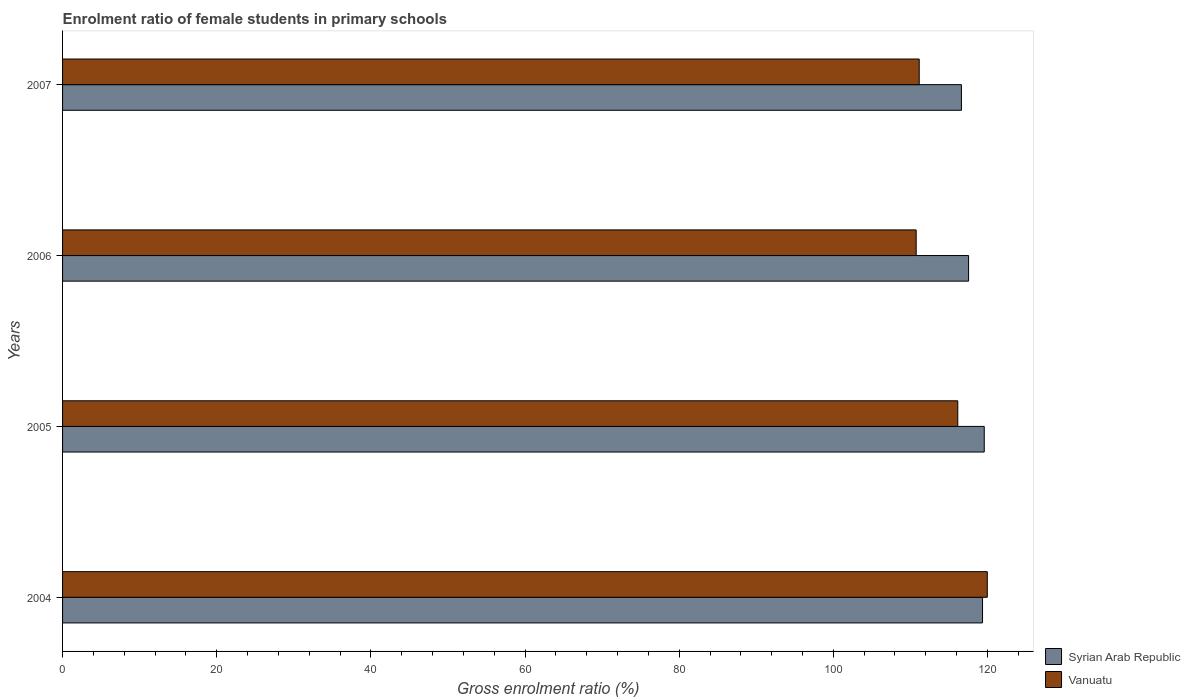
| Years | Syrian Arab Republic | Vanuatu |
 | --- | --- | --- |
 | 2004 | 119 | 120 |
 | 2005 | 120 | 116 |
 | 2006 | 118 | 111 |
 | 2007 | 117 | 111 |